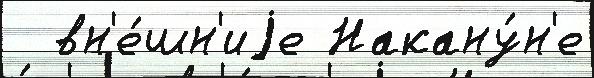
  вн'е́шн'иjе Накану́н'е